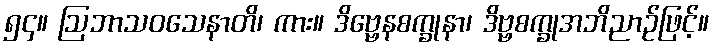
၅၄။ ဩဘာသဝသေနာတိ၊ ကား။ ဒိဗ္ဗေနစက္ခုနာ၊ ဒိဗ္ဗစက္ခုအဘိညာဉ်ဖြင့်။